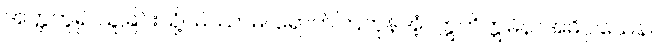
အတ္တဟူ၍ ယူခြင်းသို့။ မိဿာမ၊ ရောက်ကြကုန်အံ့။ ဣတိဣမိနာအဓိပ္ပါယေန၊